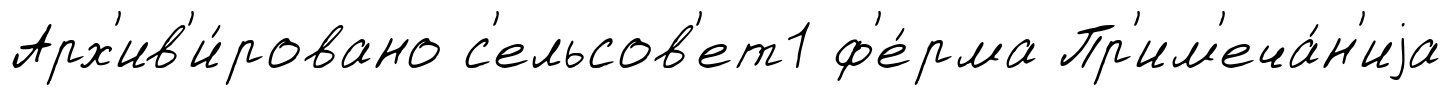
Арх'ив'и́ровано с'ельсов'ет1 ф'е́рма Пр'им'еча́н'иjа